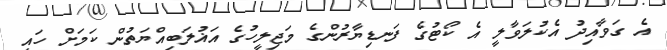
އެ ގަވާއިދު އެކުލަވާލީ އެ ކޯޓުގެ ފަނޑިޔާރުންގެ މަޖިލީހުގެ އަޣުލަބިއްޔަތުން ކަމަށް ހައި